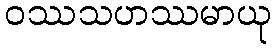
ဝဿသဟဿမာယု